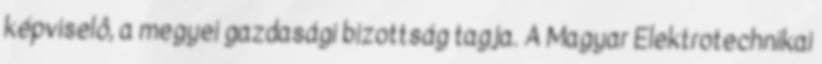
képviselô, a megyei gazdasági bizottság tagja. A Magyar Elektrotechnikai